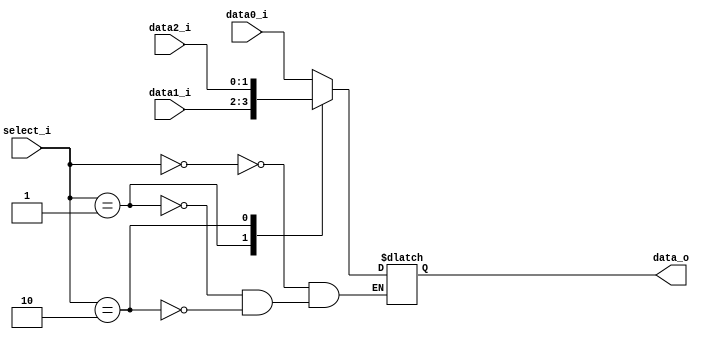
//0316055_0316313
//Subject:     CO project 3 - MUX 321
//--------------------------------------------------------------------------------
//Version:     1
//--------------------------------------------------------------------------------
//Writer:
//----------------------------------------------
//Date:
//----------------------------------------------
//Description:
//--------------------------------------------------------------------------------

module MUX_3to1(
    data0_i,
    data1_i,
    data2_i,
    select_i,
    data_o
    );

parameter size = 0;

//I/O ports
input   [size-1:0] data0_i;
input   [size-1:0] data1_i;
input 	[size-1:0] data2_i;
input   [1:0]      select_i;
output  [size-1:0] data_o;

//Internal Signals
reg     [size-1:0] data_o;

//Main function
always @(*) begin
	case(select_i)
		0:	data_o <= data0_i;
		1:	data_o <= data1_i;
		2:	data_o <= data2_i;
	endcase
end

endmodule